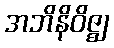
အဘိနိဝိဇ္ဈ